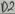
Text: D2